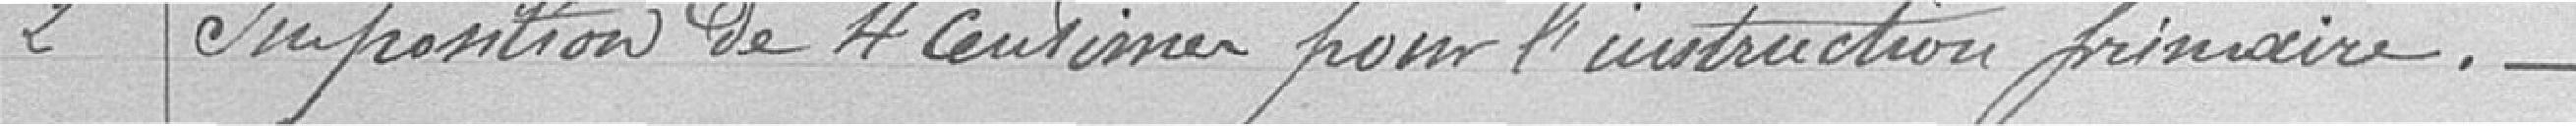
2 / Imposition de centimes pour l'instruction primaire